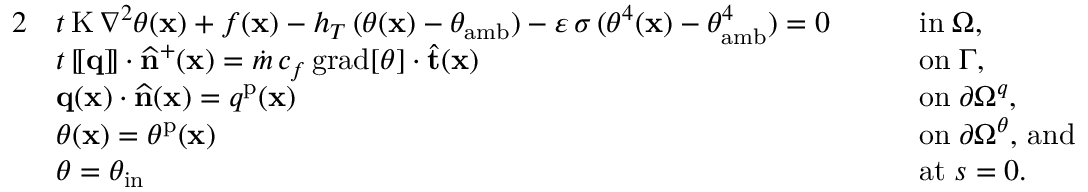
\begin{array} { r l r l } { { 2 } } & { t \, \mathrm { K } \, \nabla ^ { 2 } \theta ( \mathbf { x } ) + f ( \mathbf { x } ) - h _ { T } \, ( \theta ( \mathbf { x } ) - \theta _ { \mathrm { a m b } } ) - \varepsilon \, \sigma \, ( \theta ^ { 4 } ( \mathbf { x } ) - \theta _ { \mathrm { a m b } } ^ { 4 } ) = 0 } & & { \quad \mathrm { i n } \; \Omega , } \\ & { t \, [ \! [ \mathbf { q } ] \! ] \cdot \widehat { \mathbf { n } } ^ { + } ( \mathbf { x } ) = \dot { m } \, c _ { f } \, \mathrm { g r a d } [ \theta ] \cdot \widehat { \mathbf { t } } ( \mathbf { x } ) } & & { \quad \mathrm { o n } \; \Gamma , } \\ & { \mathbf { q } ( \mathbf { x } ) \cdot \widehat { \mathbf { n } } ( \mathbf { x } ) = q ^ { \mathrm { p } } ( \mathbf { x } ) } & & { \quad \mathrm { o n } \; \partial \Omega ^ { q } , } \\ & { \theta ( \mathbf { x } ) = \theta ^ { \mathrm { p } } ( \mathbf { x } ) } & & { \quad \mathrm { o n } \; \partial \Omega ^ { \theta } , \, \mathrm { a n d } } \\ & { \theta = \theta _ { \mathrm { i n } } } & & { \quad \mathrm { a t } \; s = 0 . } \end{array}